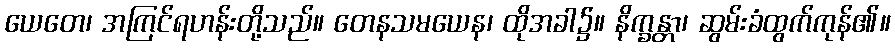
ယေတေ၊ အကြင်ရဟန်းတို့သည်။ တေနသမယေန၊ ထိုအခါ၌။ နိက္ခန္တာ၊ ဆွမ်းခံထွက်ကုန်၏။